Report of the Municipal Commissioner on the plague in Bombay for the year ending 31st May... - Volume 3
Disease focus: Plague
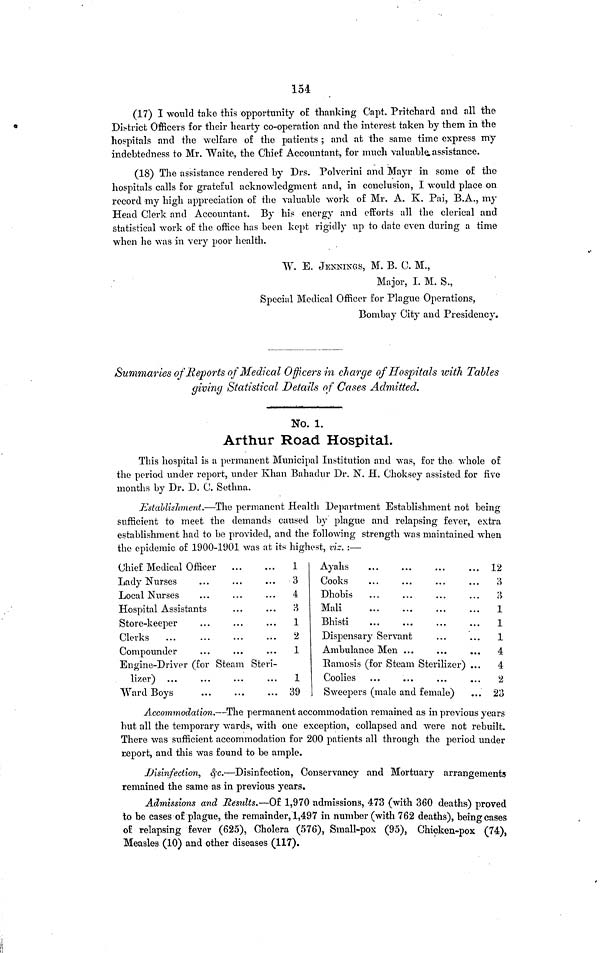
154
(17) I would take this opportunity o£ thanking Capt. Pritchard and all the
District Officers for their hearty co-operation and the interest taken by them in the
hospitals and the welfare of the patients ; and at the same time express my
indebtedness to Mr. Waite, the Chief Accountant, for much valuable assistance.
(18) The assistance rendered by Drs. Polverini and Mayr in some of the
hospitals calls for grateful acknowledgment and, in conclusion, I would place on
record my high appreciation of the valuable work of Mr. A. K. Pai, B.A., my
Head Clerk and Accountant. By his energy and efforts all the clerical and
statistical work of the office has been kept rigidly up to date even during a time
when he was in very poor health.
W. E. JENNINGS, M. B. C. M.,
Major, I. M. S.,
Special Medical Officer for Plague Operations,
Bombay City and Presidency.
Summaries of Reports of Medical Officers in charge of Hospitals with Talles
giving Statistical Details of Cases Admitted.
No. 1.
Arthur Road Hospital.
This hospital is a permanent Municipal Institution and was, for the whole of
the period under report, under Khan Bahadur Dr. N. H. Choksey assisted for five
months by Dr. D. C. Sétima.
Establishment.—The permanent Health Department Establishment not being
sufficient to meet the demands caused by plague and relapsing fever, extra
establishment had to be provided, and the following strength was maintained when
the epidemic of 1900-1901 was at its highest, viz. :—
Chief Medical Officer
Lady Nurses
Local Nurses
Hospital Assistants
Store-keeper
Clerks
Compounder
Engine-Driver (for Steam Steri-
lizer)
Ward Boys
1
3
4
3
1
2
1
1
39
Ayahs
Cooks
Dhobis
Mali
Bhisti
Dispensary Servant
Ambulance Men
Ramosis (for Steam
Sterilizer)
Coolies
Sweepers (male and female)
12
3
3
1
1
1
4
4
2
23
Accommodation.—The permanent accommodation remained as in previous years
but all the temporary wards, with one exception, collapsed and were not rebuilt.
There was sufficient accommodation for 200 patients all through the period under
report, and this was found to be ample.
Disinfection, &c.—Disinfection, Conservancy and Mortuary arrangements
remained the same as in previous years.
Admissions and Results.—Of 1,970 admissions, 473 (with 360 deaths) proved
to be cases of plague, the remainder, 1,497 in number (with 762 deaths), being cases
o£ relapsing fever (625), Cholera (576), Small-pox (95), Chicken-pox (74),
Measles (10) and other diseases (117).